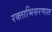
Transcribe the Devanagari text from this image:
रक्ताभिसरणात